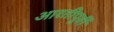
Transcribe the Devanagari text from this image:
आरतीपूर्वी